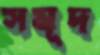
সমূদ